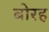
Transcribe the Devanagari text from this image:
बोरह